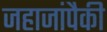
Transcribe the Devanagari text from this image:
जहाजांपैकी